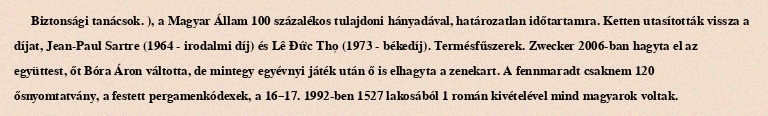
Biztonsági tanácsok. ), a Magyar Állam 100 százalékos tulajdoni hányadával, határozatlan időtartamra. Ketten utasították vissza a díjat, Jean-Paul Sartre (1964 - irodalmi díj) és Lê Đức Thọ (1973 - békedíj). Termésfűszerek. Zwecker 2006-ban hagyta el az együttest, őt Bóra Áron váltotta, de mintegy egyévnyi játék után ő is elhagyta a zenekart. A fennmaradt csaknem 120 ősnyomtatvány, a festett pergamenkódexek, a 16–17. 1992-ben 1527 lakosából 1 román kivételével mind magyarok voltak.